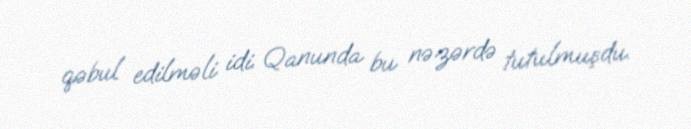
qəbul edilməli idi. Qanunda bu nəzərdə tutulmuşdu.